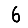
Digit: 6